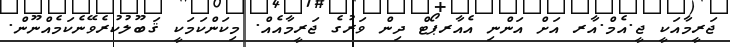
ޖަރީމާއަކީ ޖީ.އެމް.އާރ އަށް އަންނި އެއާރޕޯޓް ދިން ވަރުގެ ޖަރީމާއެއް. މިކަންކަމަކީ ޤަބޫލުކުރެވޭނެކަމެއްނޫން.